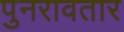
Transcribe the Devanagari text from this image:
पुनरावतार